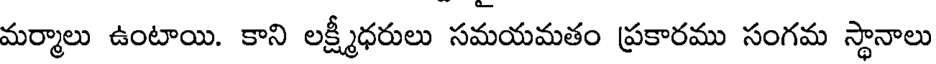
మర్మాలు ఉంటాయి. కాని లక్ష్మీధరులు సమయమతం ప్రకారము సంగమ స్థానాలు